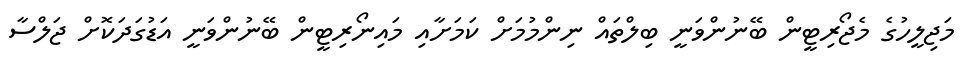
މަޖިލީހުގެ މެޖޯރިޓީން ބޭނުންވަނީ ބިލްތައް ނިންމުމަށް ކަމަށާއި މައިނޯރިޓީން ބޭނުންވަނީ އަޑުގަދަކޮށް ޖަލްސާ